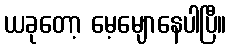
ယခုတော့ မေ့မျောနေပါပြီ။